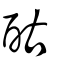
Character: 酤